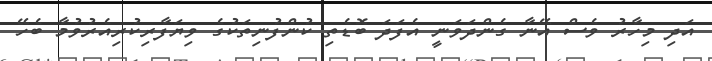
އަދި މިހާރު ވެސް އޭނާ ގެންދަވަނީ އެފަދަ ބޮޑެތި ކުންފުނިތަކުގެ ވިޔަފާރިކުރިއެރުވުމާ ބެހޭ